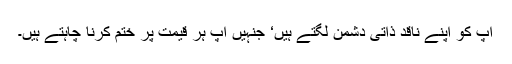
آپ کو اپنے ناقد ذاتی دشمن لگتے ہیں‘ جنہیں آپ ہر قیمت پر ختم کرنا چاہتے ہیں۔